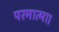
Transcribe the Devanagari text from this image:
परमात्मा।